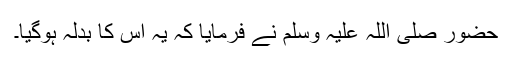
حضور صلی اللہ علیہ وسلم نے فرمایا کہ یہ اس کا بدلہ ہوگیا۔